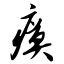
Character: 瘼